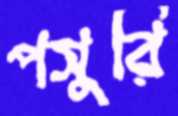
পসুরি